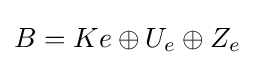
B=Ke\oplus U_{e}\oplus Z_{e}